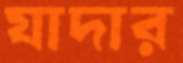
যাদার